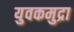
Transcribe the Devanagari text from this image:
युवकमुद्रा